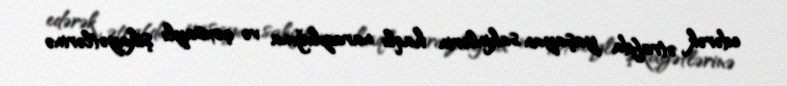
edərək ətrafda yaşayan sakinlərin haqlı narazılığına və çoxsaylı şikayətlərinə